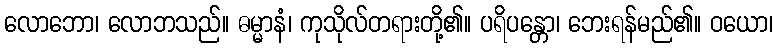
လောဘော၊ လောဘသည်။ ဓမ္မာနံ၊ ကုသိုလ်တရားတို့၏။ ပရိပန္တော၊ ဘေးရန်မည်၏။ ဝယော၊